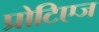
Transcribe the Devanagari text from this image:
प्रोटिएज